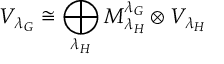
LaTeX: V _ { { \lambda _ { G } } } \cong \bigoplus _ { { \lambda _ { H } } } M _ { \lambda _ { H } } ^ { \lambda _ { G } } \otimes V _ { { \lambda _ { H } } }